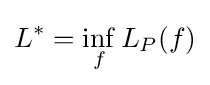
L^{*}=\inf _{f}L_{P}(f)